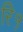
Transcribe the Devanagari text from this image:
रि१